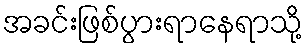
အခင်းဖြစ်ပွားရာနေရာသို့